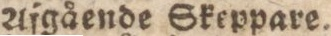
Aigående Skeppare.